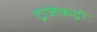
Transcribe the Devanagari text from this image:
ट्राजेकट्री